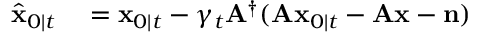
\begin{array} { r l } { \hat { \mathbf { x } } _ { 0 \mid t } } & { { } = \mathbf { x } _ { 0 \mid t } - \gamma _ { t } \mathbf { A } ^ { \dagger } ( \mathbf { A } \mathbf { x } _ { 0 \mid t } - \mathbf { A } \mathbf { x } - \mathbf { n } ) } \end{array}